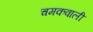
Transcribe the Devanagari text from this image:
चमकवाली